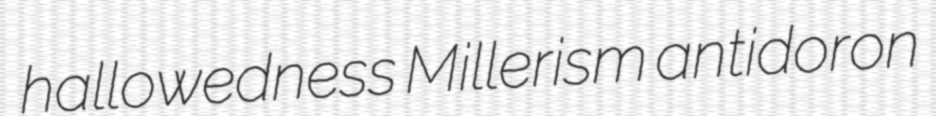
hallowedness Millerism antidoron